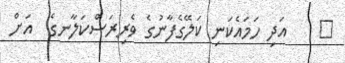
٨    އަދި ހަމައެކަނި ކަލޭގެފާނުގެ ވެރިރަސްކަލާނގެ  އަށް